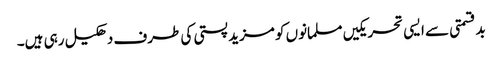
بدقسمتی سے ایسی تحریکیں مسلمانوں کو مزید پستی کی طرف دھکیل رہی ہیں۔